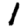
Digit: 1